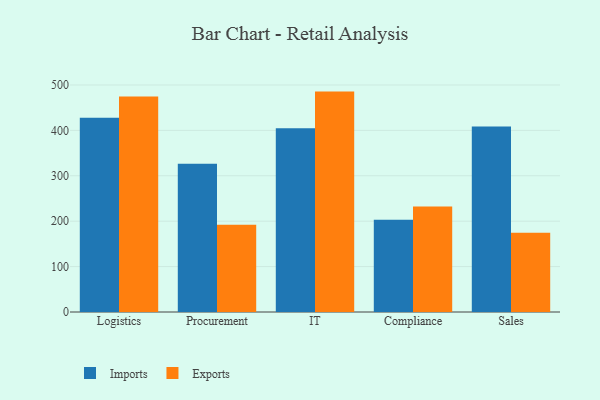
{"axis": {"x": "Department", "y": "Satisfaction Score"}, "legend": ["Exports", "Imports"], "data": [{"x": "Logistics", "y": 427.8, "type": "Imports"}, {"x": "Logistics", "y": 474.4, "type": "Exports"}, {"x": "Procurement", "y": 326.6, "type": "Imports"}, {"x": "Procurement", "y": 192.2, "type": "Exports"}, {"x": "IT", "y": 404.9, "type": "Imports"}, {"x": "IT", "y": 485.4, "type": "Exports"}, {"x": "Compliance", "y": 203.3, "type": "Imports"}, {"x": "Compliance", "y": 232.5, "type": "Exports"}, {"x": "Sales", "y": 408.5, "type": "Imports"}, {"x": "Sales", "y": 174.8, "type": "Exports"}]}